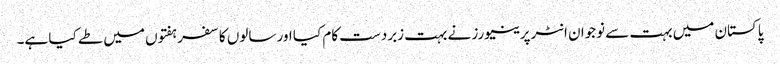
پاکستان میں بہت سے نوجوان انٹرپرینیورز نے بہت زبردست کام کیا اور سالوں کا سفر ہفتوں میں طے کیا ہے۔